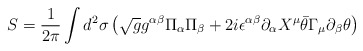
\begin{align*}S=\frac{1}{2\pi}\int d^2\sigma \left ( \sqrt{g}g^{\alpha\beta}\Pi_{\alpha}\Pi_{\beta}+2i\epsilon^{\alpha\beta}\partial_{\alpha}X^{\mu}\bar{\theta}\Gamma_{\mu}\partial_{\beta}\theta\right )\end{align*}